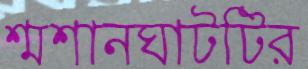
শ্মশানঘাটটির